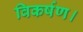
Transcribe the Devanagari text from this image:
विकर्षण।